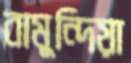
বামুন্দিয়া